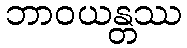
ဘာဝယန္တဿ